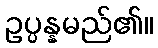
ဥပ္ပန္နမည်၏။